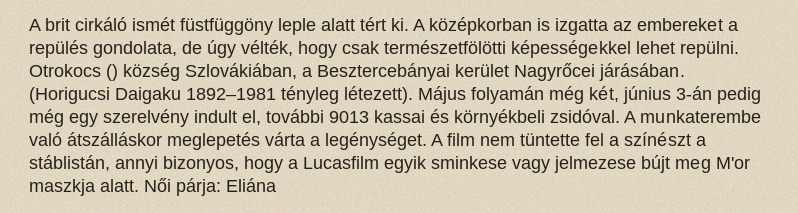
A brit cirkáló ismét füstfüggöny leple alatt tért ki. A középkorban is izgatta az embereket a repülés gondolata, de úgy vélték, hogy csak természetfölötti képességekkel lehet repülni. Otrokocs () község Szlovákiában, a Besztercebányai kerület Nagyrőcei járásában. (Horigucsi Daigaku 1892–1981 tényleg létezett). Május folyamán még két, június 3-án pedig még egy szerelvény indult el, további 9013 kassai és környékbeli zsidóval. A munkaterembe való átszálláskor meglepetés várta a legénységet. A film nem tüntette fel a színészt a stáblistán, annyi bizonyos, hogy a Lucasfilm egyik sminkese vagy jelmezese bújt meg M'or maszkja alatt. Női párja: Eliána